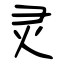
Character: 灵